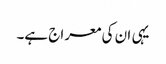
یہی ان کی معراج ہے۔